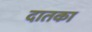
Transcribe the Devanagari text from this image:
दातका